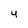
Character: Y